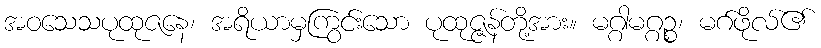
အဝသေသပုထုဇနေ၊ အရိယာမှကြွင်းသော ပုထုဇ္ဇန်တို့အား။ မဂ္ဂါမဂ္ဂဉ္စ၊ မဂ်ဖိုလ်၏